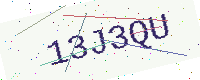
Text: 13J3QU